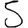
Digit: 5